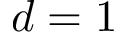
d = 1